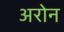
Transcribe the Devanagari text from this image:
अरोन